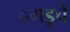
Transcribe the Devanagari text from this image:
दगडूचे